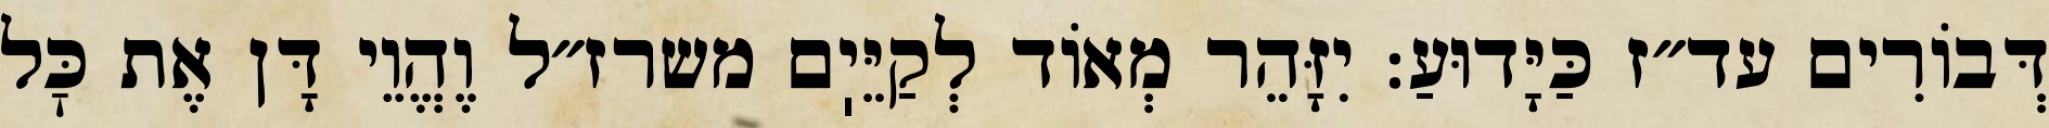
דְּבוֹרִים עד״ז כַּיָּדוּעַ: יִזָּהֵר מְאוֹד לְקַיֵּיֽם משרז״ל וֶהֱוֵי דָּן אֶת כׇּל